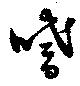
嗜